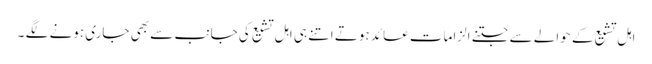
اہل تشیع کے حوالے سے جتنے الزامات عائد ہوتے اتنے ہی اہل تشیع کی جانب سے بھی جاری ہونے لگے ۔